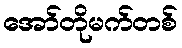
အော်တိုမက်တစ်